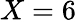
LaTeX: X=6